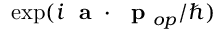
\exp ( i { \mathrm { ~ \bf ~ a ~ } } \cdot \mathrm { ~ \bf ~ p ~ } _ { o p } / \hbar )